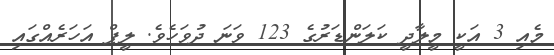
މެއި 3 އަކީ މީލާދީ ކަލަންޑަރުގެ 123 ވަނަ ދުވަހެވެ. ލީޕް އަހަރެއްގައި